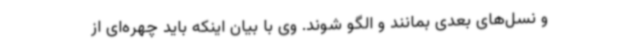
و نسل‌های بعدی بمانند و الگو شوند. وی با بیان اینکه باید چهره‌ای از